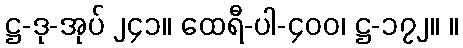
ဋ္ဌ-ဒု-အုပ် ၂၄၁။ ထေရီ-ပါ-၄၀၀၊ ဋ္ဌ-၁၇၂။ ။